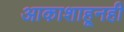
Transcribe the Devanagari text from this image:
आकाशाहूनही